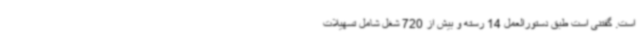
است. گفتنی است طبق دستورالعمل 14 رسته و بیش از 720 شغل شامل تسهیلات